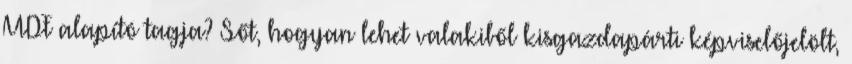
MDF alapító tagja? Sőt, hogyan lehet valakiből kisgazdapárti képviselőjelölt,